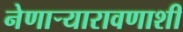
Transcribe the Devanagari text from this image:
नेणाऱ्यारावणाशी